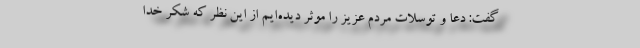
گفت: دعا و توسلات مردم عزیز را موثر دیده‌ایم از این نظر که شکر خدا